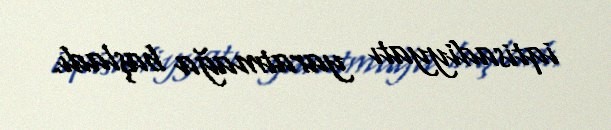
iqtisadiyyatı yaratmağa başladı.